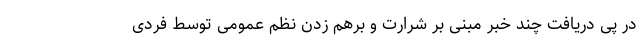
در پی دریافت چند خبر مبنی بر شرارت و برهم زدن نظم عمومی توسط فردی